Vaccination in Bombay 1874-1876 - 1874-1876
Year: 1874
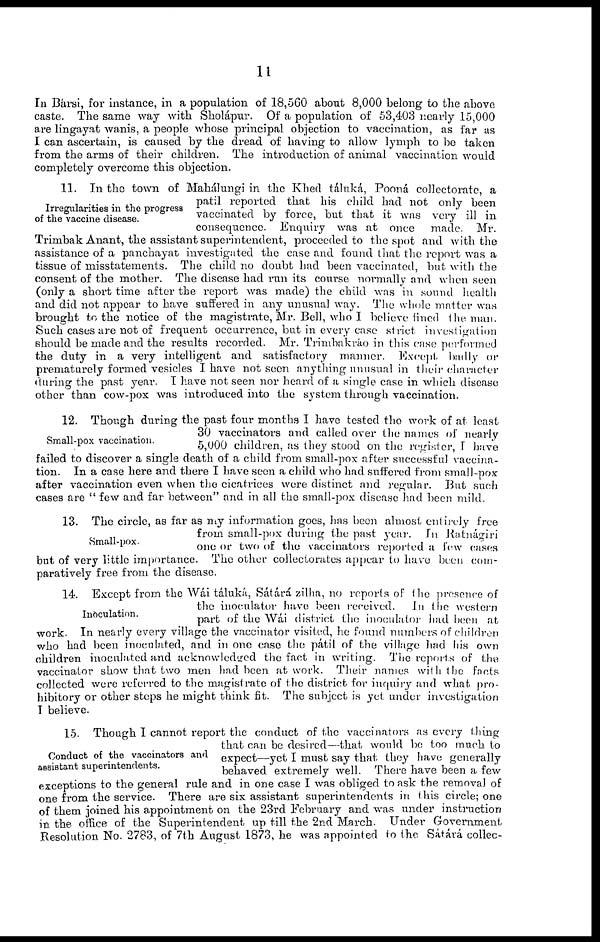
11
In Bársi, for instance, in a population of 18,560 about 8,000 belong to the above
caste. The same way with Sholápur. Of a population of 53,403 nearly 15,000
are lingayat wanis, a people whose principal objection to vaccination, as far as
I can ascertain, is caused by the dread of having to allow lymph to be taken
from the arms of their children. The introduction of animal vaccination would
completely overcome this objection.
Irregularities in the progress
of the vaccine disease.
11. In the town of Mahálungi in the Khed táluká, Pooná collectorate, a
patil reported that his child had not only been
vaccinated by force, but that it was very ill in
consequence. Enquiry was at once made. Mr.
Trimbak Anant, the assistant superintendent, proceeded to the spot and with the
assistance of a panchayat investigated the case and found that the report was a
tissue of misstatements. The child no doubt had been vaccinated, but with the
consent of the mother. The disease had run its course normally and when seen
(only a short time after the report was made) the child was in sound health
and did not appear to have suffered in any unusual way. The whole matter was
brought to the notice of the magistrate, Mr. Bell, who I believe fined the man.
Such cases are not of frequent occurrence, but in every case strict investigation
should be made and the results recorded. Mr. Trimbakráo in this case performed
the duty in a very intelligent and satisfactory manner. Except badly or
prematurely formed vesicles I have not seen anything unusual in their character
during the past year. I have not seen nor heard of a single case in which disease
other than cow-pox was introduced into the system through vaccination.
Small-pox vaccination.
12. Though during the past four months I have tested the work of at least
30 vaccinators and called over the names of nearly
5,000 children, as they stood on the register, I have
failed to discover a single death of a child from small-pox after successful vaccina-
tion. In a case here and there I have seen a child who had suffered from small-pox
after vaccination even when the cicatrices were distinct and regular. But such
cases are " few and far between" and in all the small-pox disease had been mild.
Small-pox.
13. The circle, as far as my information goes, has been almost entirely free
from small-pox during the past year. In Ratnágiri
one or two of the vaccinators reported a few cases
but of very little importance. The other collectorates appear to have been com-
paratively free from the disease.
Inoculation.
14. Except from the Wái táluká, Sátárá zilha, no reports of the presence of
the inoculator have been received. In the western
part of the Wái district the inoculator had been at
work. In nearly every village the vaccinator visited, he found numbers of children
who had been inoculated, and in one case the pátil of the village had his own
children inoculated and acknowledged the fact in writing. The reports of the
vaccinator show that two men had been at work. Their names with the facts
collected were referred to the magistrate of the district for inquiry and what pro-
hibitory or other steps he might think fit. The subject is yet under investigation
I believe.
Conduct of the vaccinators and
assistant superintendents.
15. Though I cannot report the conduct of the vaccinators as every thing
that can be desired—that would be too much to
expect—yet I must say that they have generally
behaved extremely well. There have been a few
exceptions to the general rule and in one case I was obliged to ask the removal of
one from the service. There are six assistant superintendents in this circle; one
of them joined his appointment on the 23rd February and was under instruction
in the office of the Superintendent up till the 2nd March. Under Government
Resolution No. 2783, of 7th August 1873, he was appointed to the Sátárá collec-